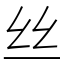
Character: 丝